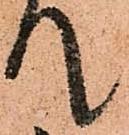
て